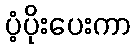
ပံ့ပိုးပေးကာ